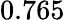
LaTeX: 0.765